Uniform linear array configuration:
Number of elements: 12
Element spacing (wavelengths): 0.75
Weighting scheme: uniform
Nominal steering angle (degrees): -45
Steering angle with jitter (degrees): -45.601
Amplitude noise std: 0.05
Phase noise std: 0.05

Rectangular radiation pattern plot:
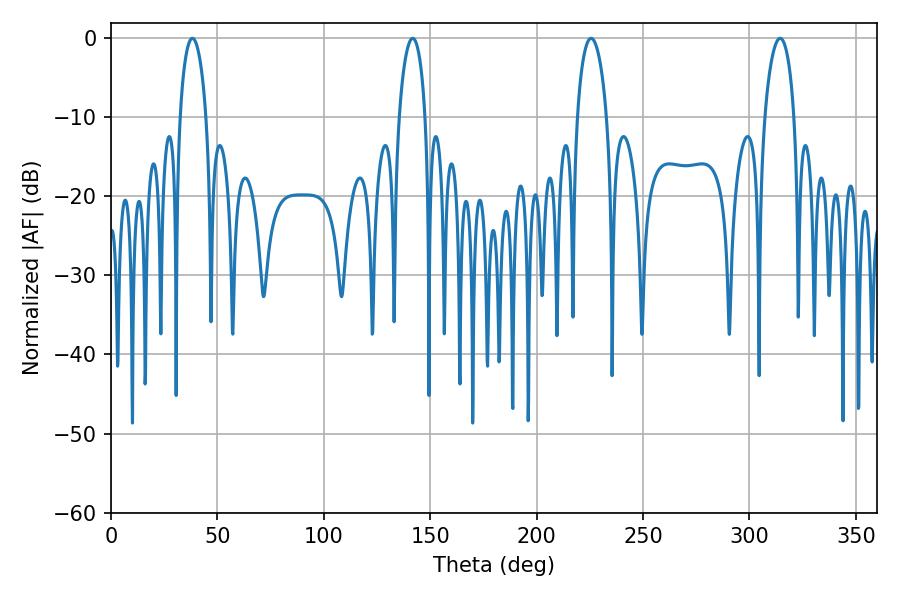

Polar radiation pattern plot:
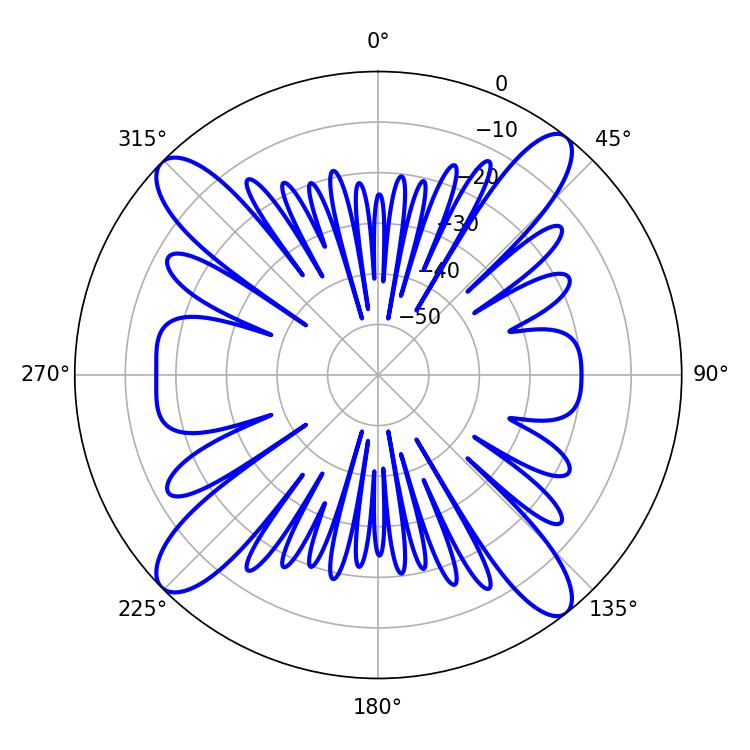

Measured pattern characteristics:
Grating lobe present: TRUE
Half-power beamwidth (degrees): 7.92
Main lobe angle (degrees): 225.54